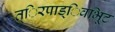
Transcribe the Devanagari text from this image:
त्िरपाड्िवभूिट